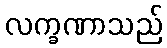
လက္ခဏာသည်